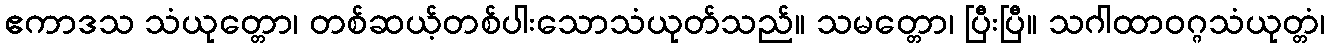
ဧကာဒသ သံယုတ္တော၊ တစ်ဆယ့်တစ်ပါးသောသံယုတ်သည်။ သမတ္တော၊ ပြီးပြီ။ သဂါထာဝဂ္ဂသံယုတ္တံ၊